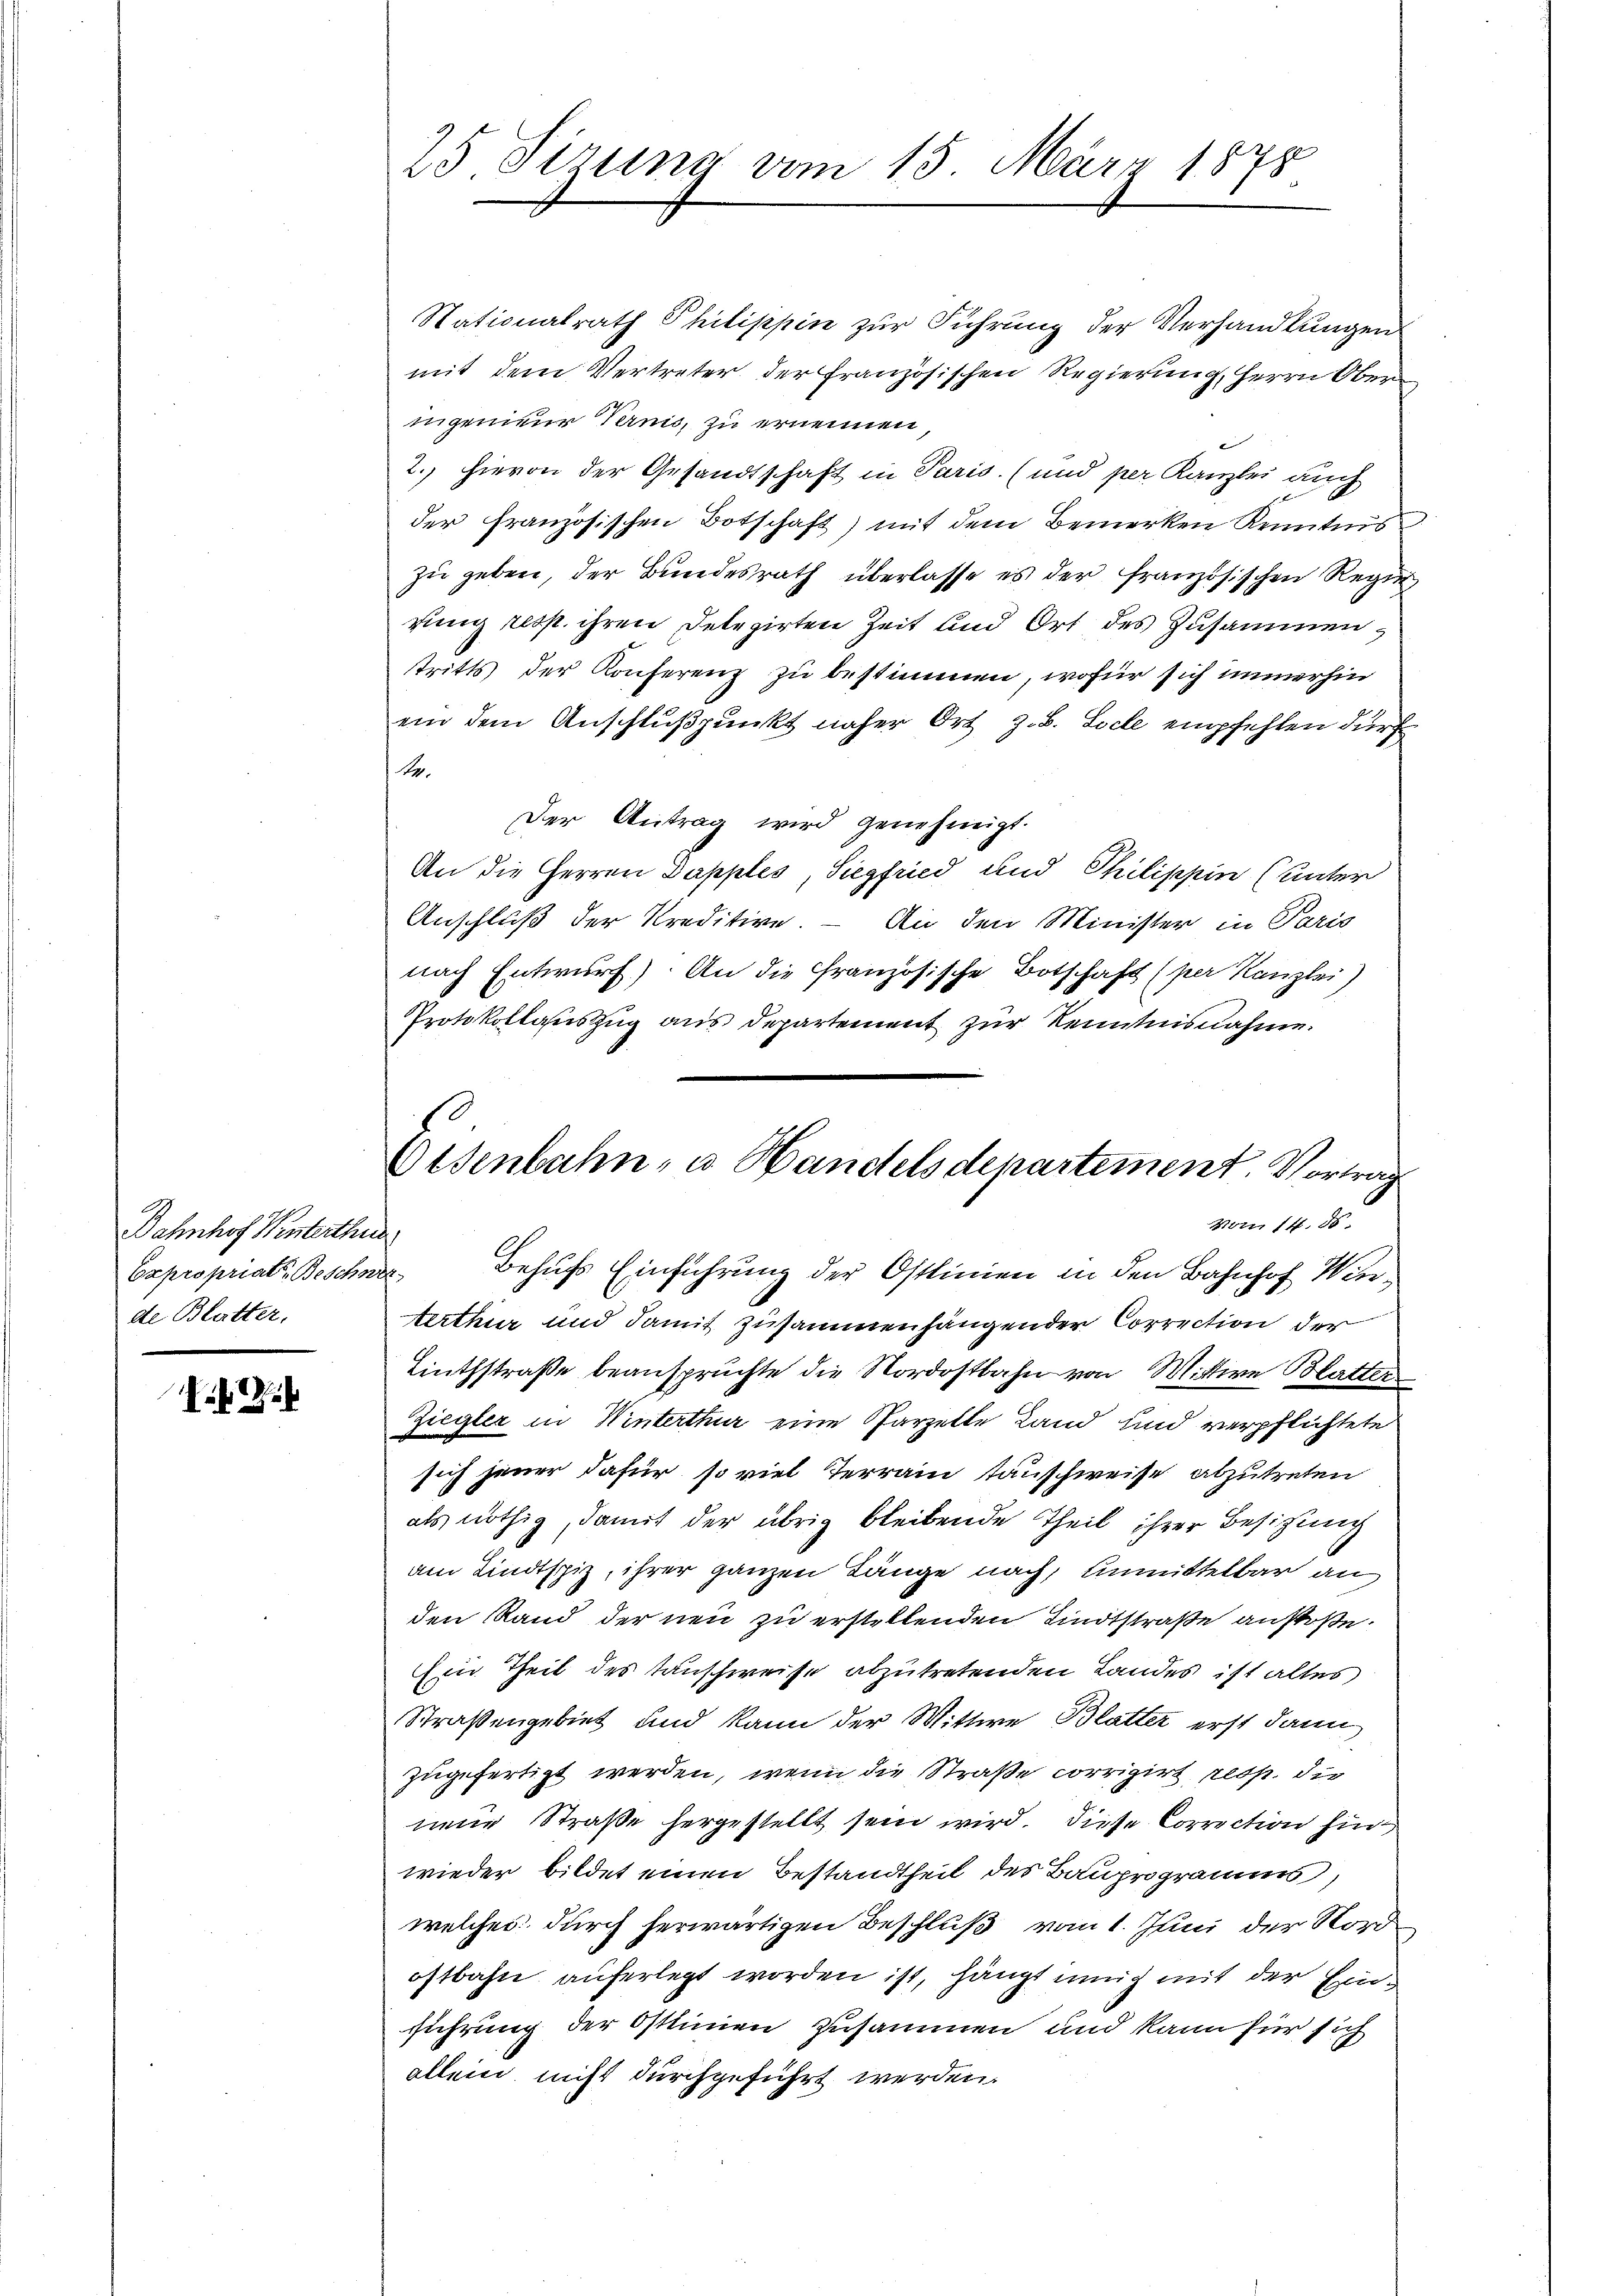
Bahnhof Winterthur
de Blutter.

25 Sirung vom 15. März 1878

Nationalrath Philippin zur Führung der Verhandlungen
mit dem Vertreter der Französischen Regierung, Herrn Ober
ingenieur Ternis, zu ernennen,
2. hievon der Gesandtschaft in Paris. (und per Kanzlei auch
der französischen Botschaft) mit dem Bemerken Kenntnis
zu geben, der Bundesrath überlasse es der französischen Regie
gung resp. ihren Delegirten Zeit und Ort des Zusammen,
tritts der Konferenz zu bestimmen, wofür sich immerhin
ein dem Anschlußpunkt näher Ort z. B. Loche empfehlen dürf
Nr.
Der Antrag wird genehmigt.
An die Herren Dapples, Siegfried und Philippin (unter
Anschluß der Kreditive. – An den Minister in Paris
nach Entwurf). An die französische Botschaft (per Kanzlei)
Protokollauszug aus Departement zur Kenntnisnahme.
Expropriat Beschner Behufs Einführung der Ostlinien in den Bahnhof Winterthur und damit zusammenhängender Correction der
Einthstraße beanspruchte die Nordostbahn von Mittwe Blatter
Ziegler in Winterthur eine Parzelte Land und verpflichtete
sich jener dafür, so viel Terrain tauschweise abzutreten
als nöthig, damit der übrig bleibende Theil ihrer Besitzung
am Lindtspiz, ihrer ganzen Länge nach, unmittelbar au
den Rand der neu zu erstellenden Kindtstraße anstoße.
Ein Theil des Tauschweise abzutretenden Landes ist altes
Straßengebiet und kann der Wittwe Blatter erst dann
zugefertigt werden, wenn die Straße corrigirt, resp. die
neue Straße hergestellt sein wird. Diese Correction hin
wieder bildet einen Bestandtheil des Bauprogramms,
welches durch herwärtigen Beschluß vom 1. Juni der Nordostbahn auferlegt worden ist, hängt innig mit der Einführung der Ostinen zusammen und kann für sich
allein nicht durchgeführt werden.

Eisenbahn, u. Handelsdepartement. Vortrag
Vom 14. ds.